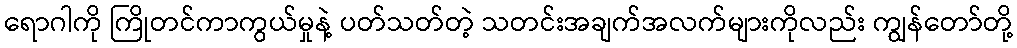
ရောဂါကို ကြိုတင်ကာကွယ်မှုနဲ့ ပတ်သတ်တဲ့ သတင်းအချက်အလက်များကိုလည်း ကျွန်တော်တို့